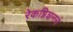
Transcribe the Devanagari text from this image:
रेकग्निशननं